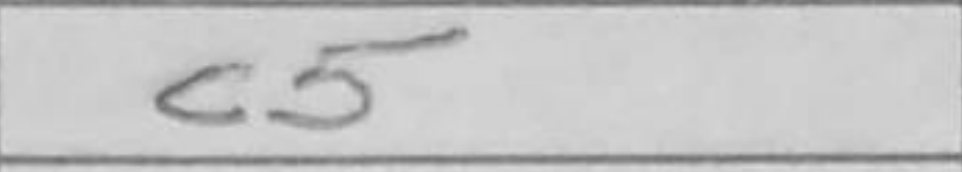
Transcription: c5